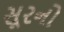
સૂરનો